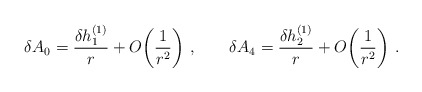
\begin{align*}\delta A_0 = {\delta h_1^{(1)}\over r} + O\!\left({1\over r^2}\right)\,, \qquad\delta A_4 = {\delta h_2^{(1)}\over r} + O\!\left({1\over r^2}\right)\,. \end{align*}